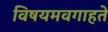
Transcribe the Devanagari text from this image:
विषयमवगाहते